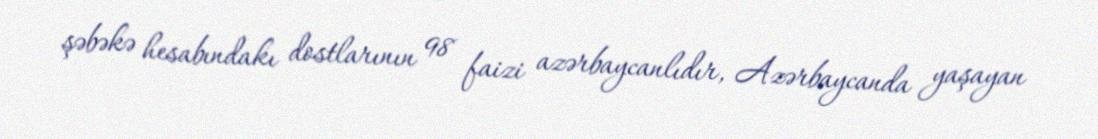
şəbəkə hesabındakı dostlarının 98 faizi azərbaycanlıdır, Azərbaycanda yaşayan